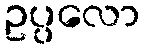
ဥပ္ပလော